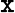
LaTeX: {\tt x}